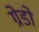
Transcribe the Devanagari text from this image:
ग्रेडो